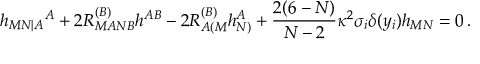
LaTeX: h _ { M N | A } { } ^ { A } + 2 R _ { M A N B } ^ { ( B ) } h ^ { A B } - 2 R _ { A ( M } ^ { ( B ) } h _ { N ) } ^ { A } + { \frac { 2 ( 6 - N ) } { N - 2 } } \kappa ^ { 2 } \sigma _ { i } \delta ( y _ { i } ) h _ { M N } = 0 \, .